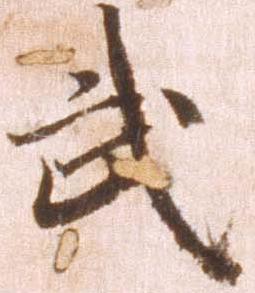
武